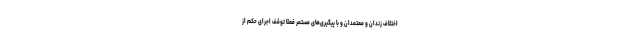
اختلاف زندان و معتمدان و با پیگیری‌های مستمر فعلا توقف اجرای حکم از